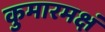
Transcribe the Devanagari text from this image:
कुमारमक्षं